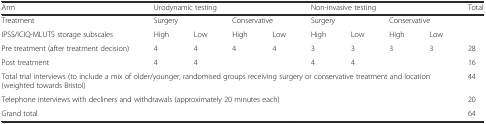
| Arm | <COLSPAN=4> Urodynamic testing | <COLSPAN=4> Non-invasive testing | Total |
 | --- | --- | --- | --- | --- | --- | --- | --- | --- | --- |
 | Treatment | <COLSPAN=2> Surgery | <COLSPAN=2> Conservative | <COLSPAN=2> Surgery | <COLSPAN=2> Conservative |  |
 | IPSS/ICIQ-MLUTS storage subscales | High | Low | High | Low | High | Low | High | Low |  |
 | Pre treatment (after treatment decision) | 4 | 4 | 4 | 4 | 3 | 3 | 3 | 3 | 28 |
 | Post treatment | 4 | 4 |  |  | 4 | 4 |  |  | 16 |
 | <COLSPAN=9> Total trial interviews (to include a mix of older/younger, randomised groups receiving surgery or conservative treatment and location (weighted towards Bristol) | 44 |
 | <COLSPAN=9> Telephone interviews with decliners and withdrawals (approximately 20 minutes each) | 20 |
 | <COLSPAN=9> Grand total | 64 |